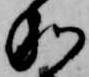
和